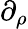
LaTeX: \partial_{\rho}